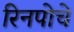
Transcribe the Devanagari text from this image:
रिनपोचे